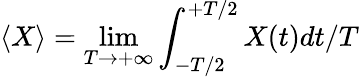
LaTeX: \langle X\rangle=\operatorname*{lim}_{T\rightarrow+\infty}\int_{-T/2}^{+T/2}X(t)dt/T